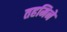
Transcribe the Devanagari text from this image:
तहमिने